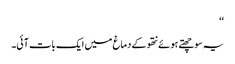
‘‘
یہ سوچھتے ہوئے نتھو کے دماغ میں ایک بات آئی۔